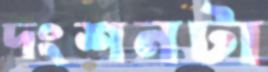
দংশনটা